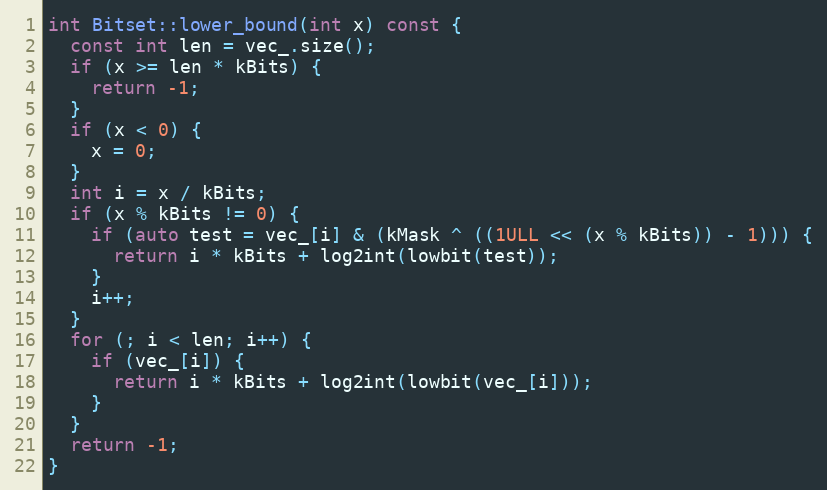
Language: C++
int Bitset::lower_bound(int x) const {
  const int len = vec_.size();
  if (x >= len * kBits) {
    return -1;
  }
  if (x < 0) {
    x = 0;
  }
  int i = x / kBits;
  if (x % kBits != 0) {
    if (auto test = vec_[i] & (kMask ^ ((1ULL << (x % kBits)) - 1))) {
      return i * kBits + log2int(lowbit(test));
    }
    i++;
  }
  for (; i < len; i++) {
    if (vec_[i]) {
      return i * kBits + log2int(lowbit(vec_[i]));
    }
  }
  return -1;
}